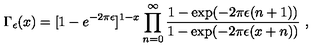
\Gamma _ { \epsilon } ( x ) = [ 1 - e ^ { - 2 \pi \epsilon } ] ^ { 1 - x } \prod _ { n = 0 } ^ { \infty } { \frac { 1 - \exp ( - 2 \pi \epsilon ( n + 1 ) ) } { 1 - \exp ( - 2 \pi \epsilon ( x + n ) ) } } \ ,